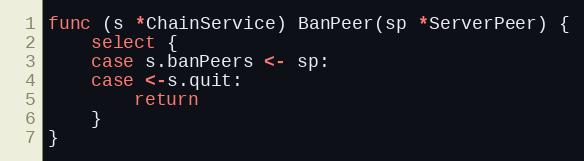
Language: Go
func (s *ChainService) BanPeer(sp *ServerPeer) {
	select {
	case s.banPeers <- sp:
	case <-s.quit:
		return
	}
}